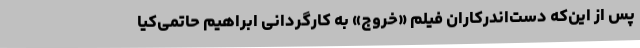
پس از این‌که دست‌اندرکاران فیلم «خروج» به کارگردانی ابراهیم حاتمی‌کیا